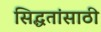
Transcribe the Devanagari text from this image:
सिद्धतांसाठी